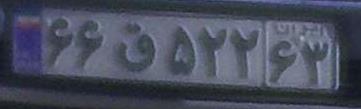
۶۶ق۵۲۲۶۳